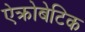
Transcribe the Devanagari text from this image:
ऐक्रोबेटिक